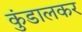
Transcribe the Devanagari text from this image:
कुंडालकर